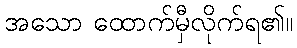
အသော ထောက်မှီလိုက်ရ၏။